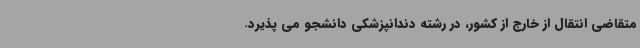
متقاضی انتقال از خارج از کشور، در رشته دندانپزشکی دانشجو می پذیرد.